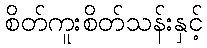
စိတ်ကူးစိတ်သန်းနှင့်